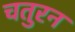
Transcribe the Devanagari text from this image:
चतुरन